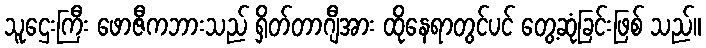
သူဌေးကြီး ဖောဇီကဘားသည် ရှိတ်တာဂျီအား ထိုနေရာတွင်ပင် တွေ့ဆုံခြင်းဖြစ် သည်။